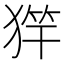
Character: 𱮌